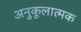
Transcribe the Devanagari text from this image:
अनुकूलात्मक